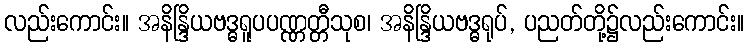
လည်းကောင်း။ အနိန္ဒြိယဗဒ္ဓရူပပဏ္ဏတ္တီသုစ၊ အနိန္ဒြိယဗဒ္ဓရုပ်, ပညတ်တို့၌လည်းကောင်း။